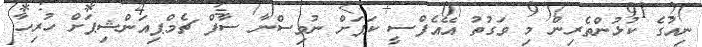
ނިއުގެ ކުޅުންތެރިން މި ވަގުތު އޭއެފްސީ ކަޕަށް ނުވިސްނާ ސާފް ޗެމްޕިއަންޝިޕަށް ހުރިހާ